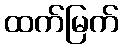
ထက်မြက်